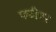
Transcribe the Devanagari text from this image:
फटीचर